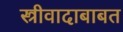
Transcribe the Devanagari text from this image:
स्त्रीवादाबाबत